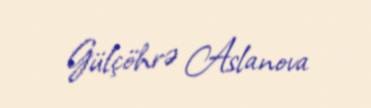
Gülçöhrə Aslanova